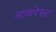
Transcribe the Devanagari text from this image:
आयरेस्ट